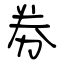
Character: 劵